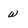
Character: w